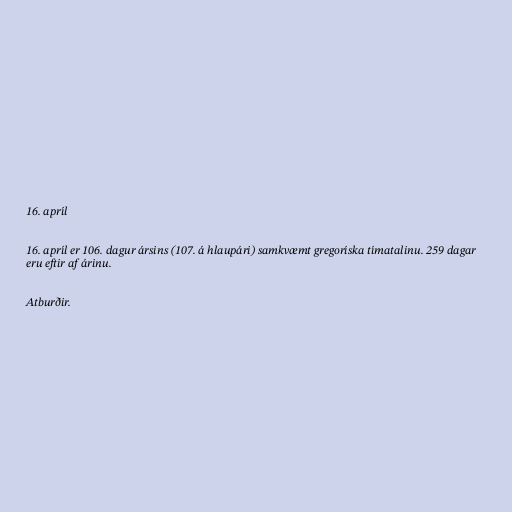
16. apríl

16. apríl er 106. dagur ársins (107. á hlaupári) samkvæmt gregoríska tímatalinu. 259 dagar
eru eftir af árinu.

Atburðir.